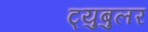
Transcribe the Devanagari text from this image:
ट्युबुलर